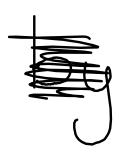
Text: by
Cross-out: scratch
Writing tool: digital_black